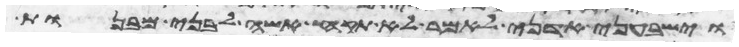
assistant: וישבעני אדני לאמר לא תקח אשה לבני מבנות